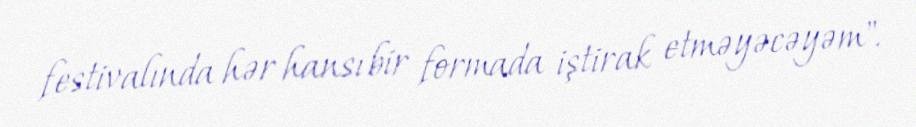
festivalında hər hansı bir formada iştirak etməyəcəyəm".